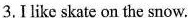
3.I like skate on the snow.